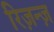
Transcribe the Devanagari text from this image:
रिज़न्ज़